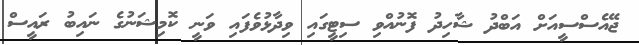
ޖޭއެސްސީއަށް އަބްދު ޝާހިދު ފޮނުއްވި ސިޓީގައި ވިދާޅުވެފައި ވަނީ ކޮމިޝަނުގެ ނައިބު ރައީސް